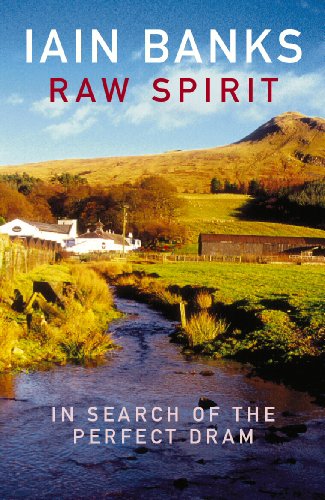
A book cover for Raw Spirit; Iain Banks; Travel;